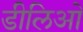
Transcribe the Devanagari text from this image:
डीलिओ